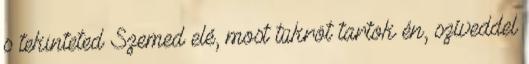
s tekinteted Szemed elé, most tükröt tartok én, szíveddel